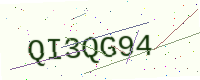
Text: QI3QG94